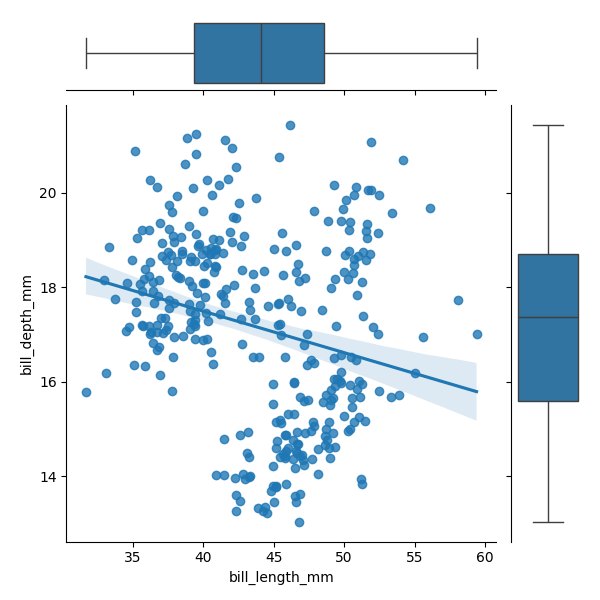
python, seaborn, JointGrid, regplot, boxplot